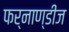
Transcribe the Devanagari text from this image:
फर्नाण्डीज